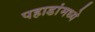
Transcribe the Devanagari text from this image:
पहाडांमध्ये